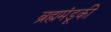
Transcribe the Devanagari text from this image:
ब्रह्ममंडूकी